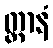
တ္တာနံ